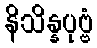
နိသိန္နပုဗ္ဗံ